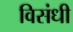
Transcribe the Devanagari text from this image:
विसंधी